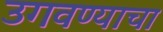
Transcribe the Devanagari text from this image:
उगवण्याचा